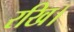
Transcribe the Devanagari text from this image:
रखि।